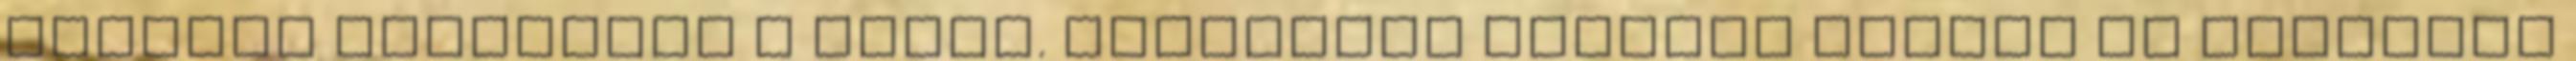
remélem nyugalmát a mának. Holnapban reményt sejtek és gyökeret